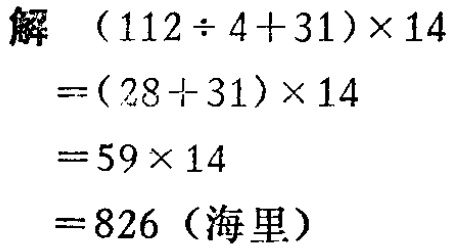
解

\[

\begin{align*}

&(112\div4 + 31)\times14\\

=&(28 + 31)\times14\\

=&59\times14\\

=&826 \text{（海里）}

\end{align*}

\]